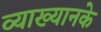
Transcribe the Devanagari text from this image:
व्याख्यानके